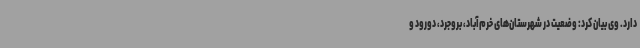
دارد. وی بیان کرد: وضعیت در شهرستان‌های خرم‌آباد، بروجرد، دورود و